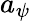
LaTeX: a_{\psi}